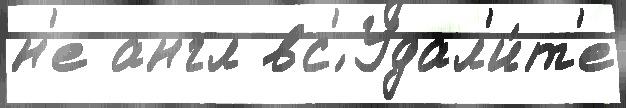
н'е англ вс'́ Удал'и́т'е